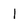
Character: I